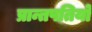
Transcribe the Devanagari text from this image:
प्रान्तपतियो